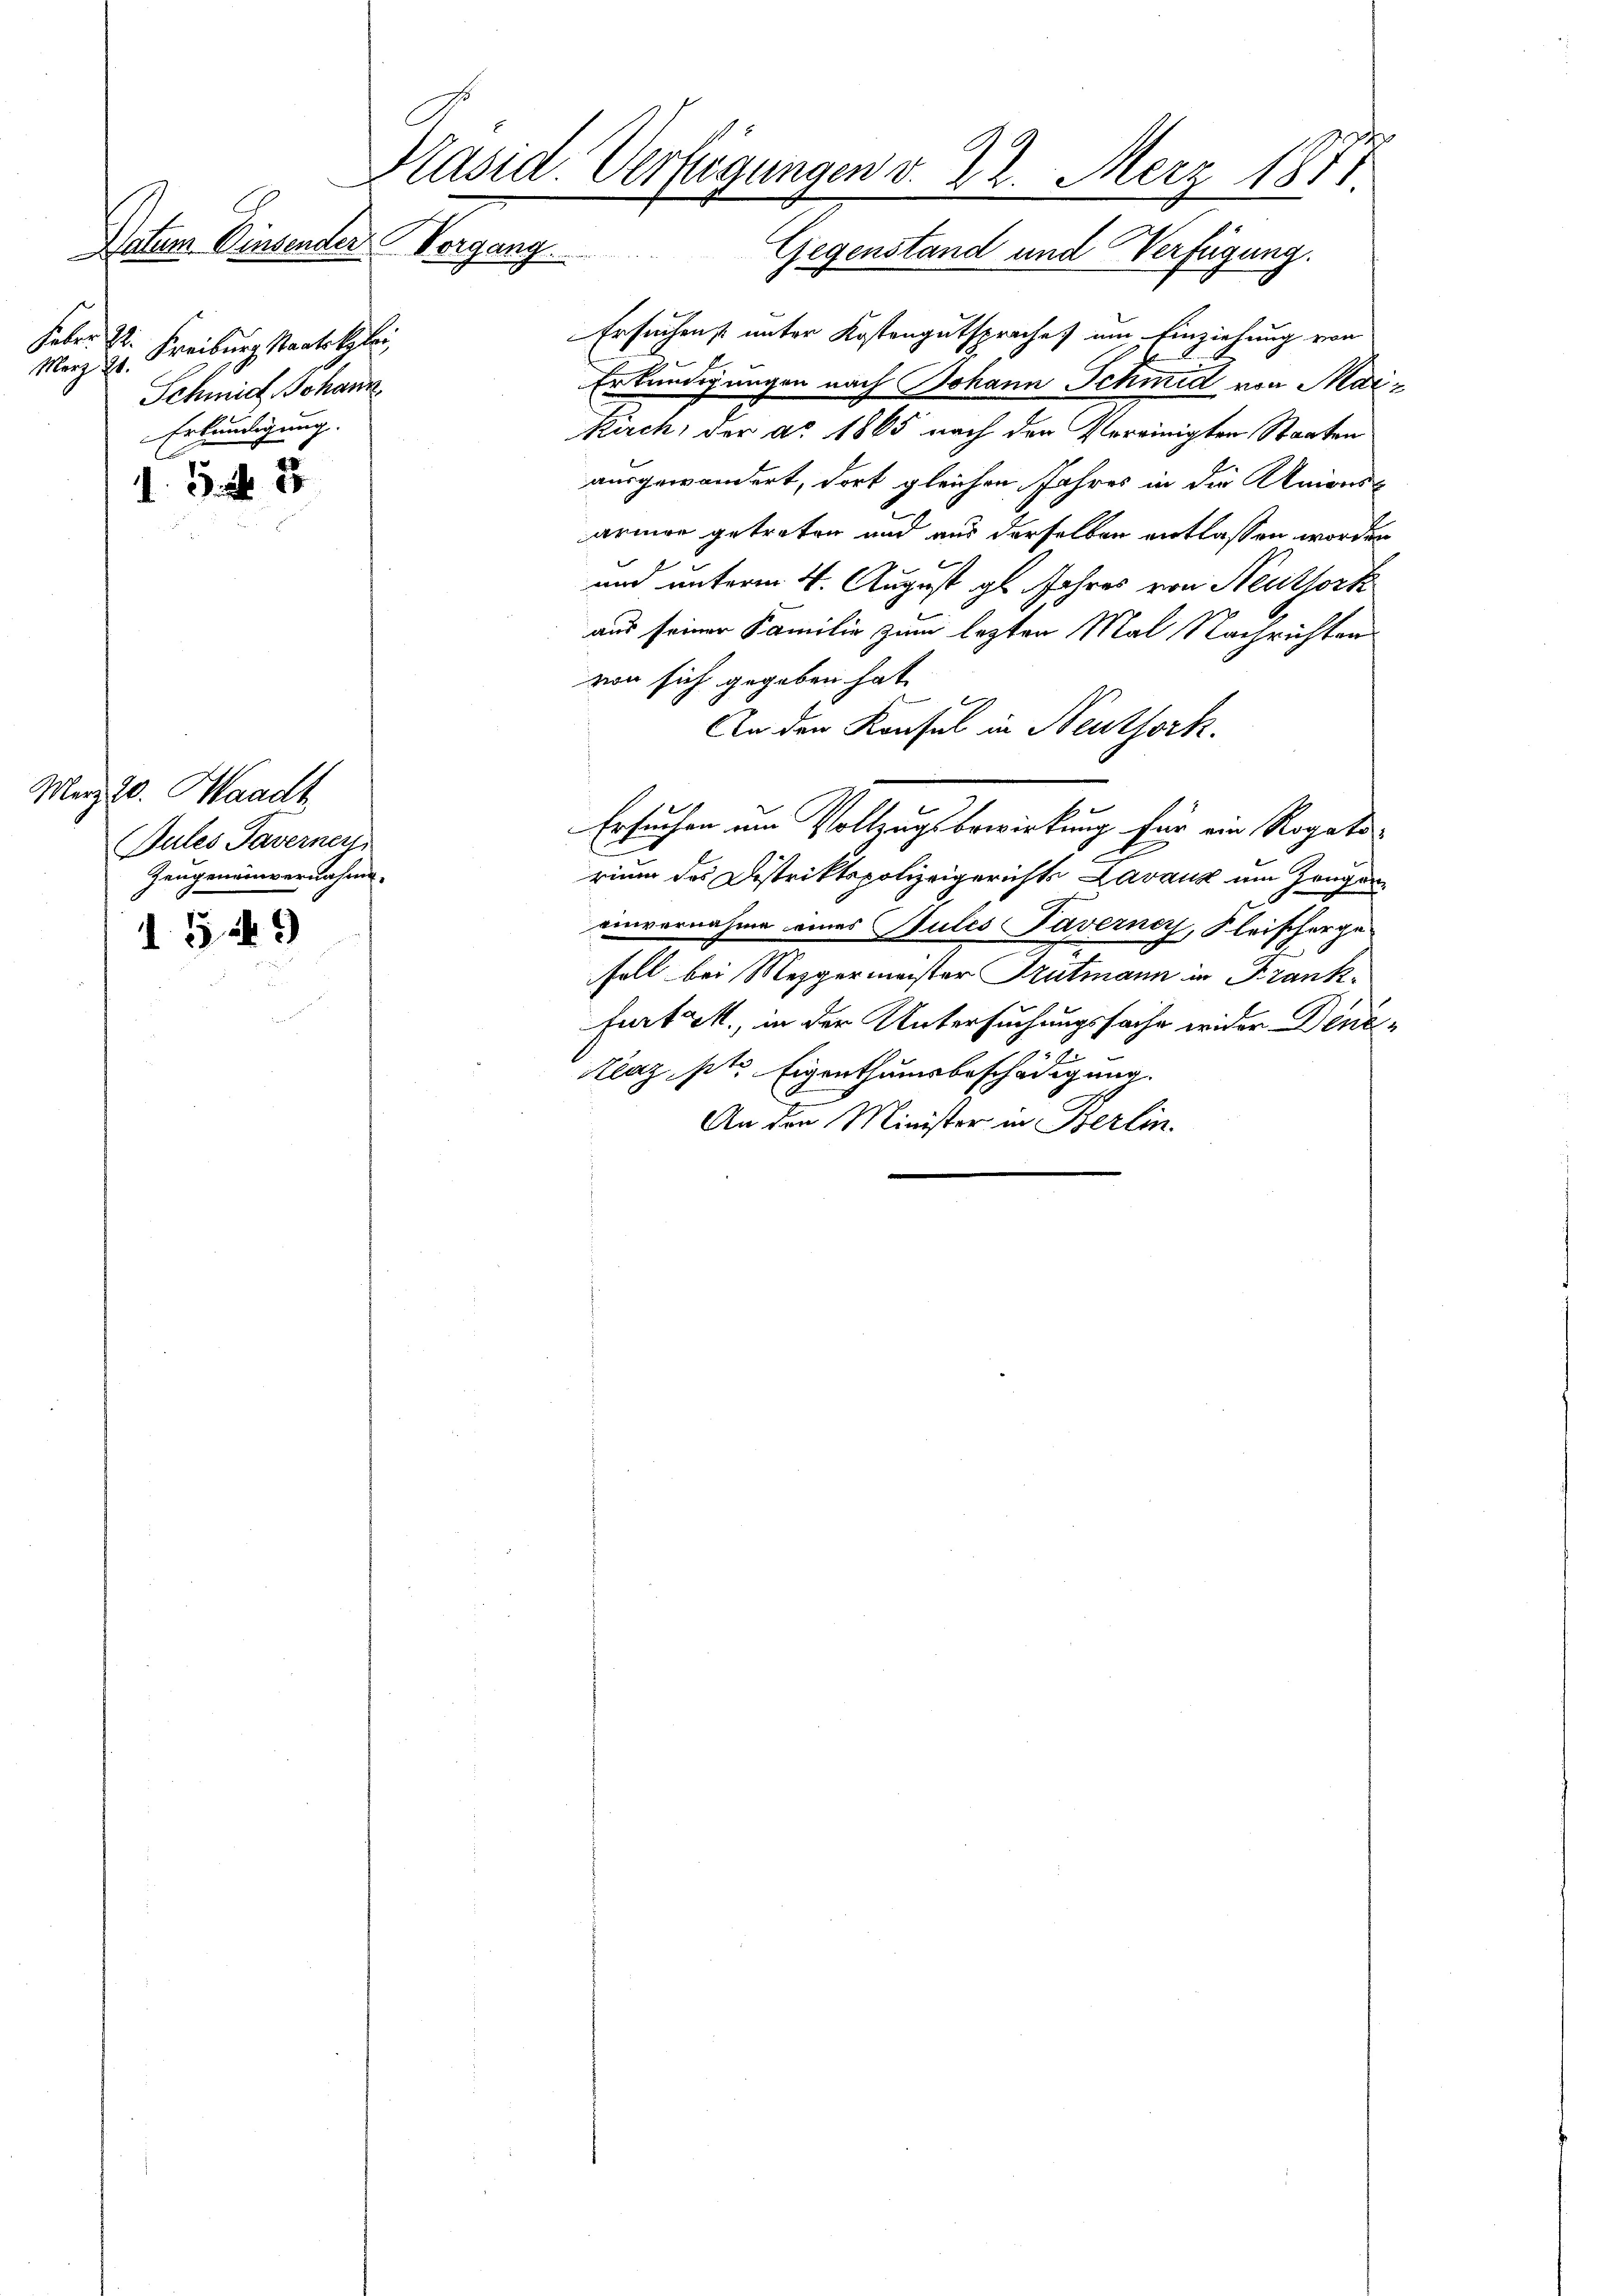
Unter Einsender Vergang
Haber st
Merz Hr. Freiburg Staatsklei
Schmid, Johann
Erkundigung.
15. No. 28

Merz 20. Waadt
Bules Tavernen
Zeugeneinvernahme.

1.5.41)

Präsid. Verfügungen v. 22. Merz 1871

Gegenstand und Verfügung.
Ersuchens unter Kostengutsprache um Einziehung von
Erkundigungen nach Johann Schmid von Mai¬
Kirch, der Ao 1865 nach den Vereinigten Staaten
ausgewandert, dort gleichen Jahres in die Unionsarmen getreten und aus derselben entlassen worden
und unterm 4. August gl. Jahres von Neuthork
aus seiner Familie zum lezten Mal Nachrichten
von sich gegeben hat
An den Konsul in Neuthork.
Ersuchen am Vollzugsbewirkung für ein Rogatorium des Distriktspolizeigerichts Lavaux um Zeugen
einvernahme eines Sules Taverner, Fleischerge-
Fell bei Mezgermeister Trutmann in Frankfurt c., in der Untersuchungssache wider Dene¬
Klaz pt. Eigenthumsbeschädigung.
An den Minister in Berlin.